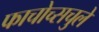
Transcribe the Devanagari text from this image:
फाचोच्सचुले